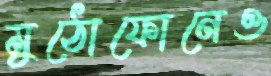
মুঠোফোনেও